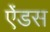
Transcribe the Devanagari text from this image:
ऐंडस